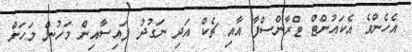
އެހެންވެ އެކައުންޓް ޓްރާންސްފާ އާއި ޗެކް އަދި ނަގުދު ފައިސާއިން މަހުން މަހަށް